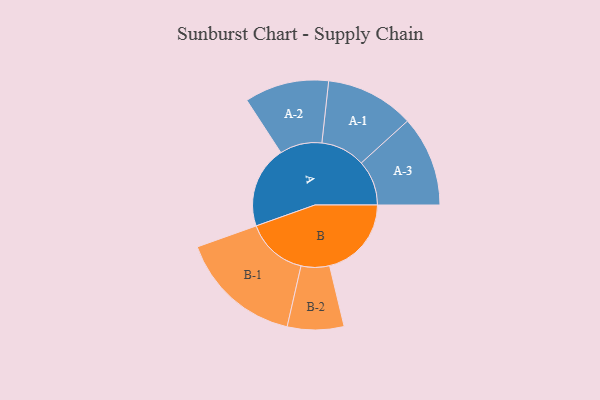
{"axis": {"x": "Segment", "y": "Value"}, "legend": ["", "A", "B"], "data": [{"x": "A", "y": 371, "type": ""}, {"x": "B", "y": 371, "type": ""}, {"x": "A-1", "y": 201, "type": "A"}, {"x": "A-2", "y": 191, "type": "A"}, {"x": "A-3", "y": 205, "type": "A"}, {"x": "B-1", "y": 279, "type": "B"}, {"x": "B-2", "y": 128, "type": "B"}]}